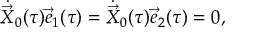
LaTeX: \dot { \vec { X } } _ { 0 } ( \tau ) \vec { e } _ { 1 } ( \tau ) = \dot { \vec { X } } _ { 0 } ( \tau ) \vec { e } _ { 2 } ( \tau ) = 0 ,